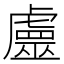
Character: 𧈀